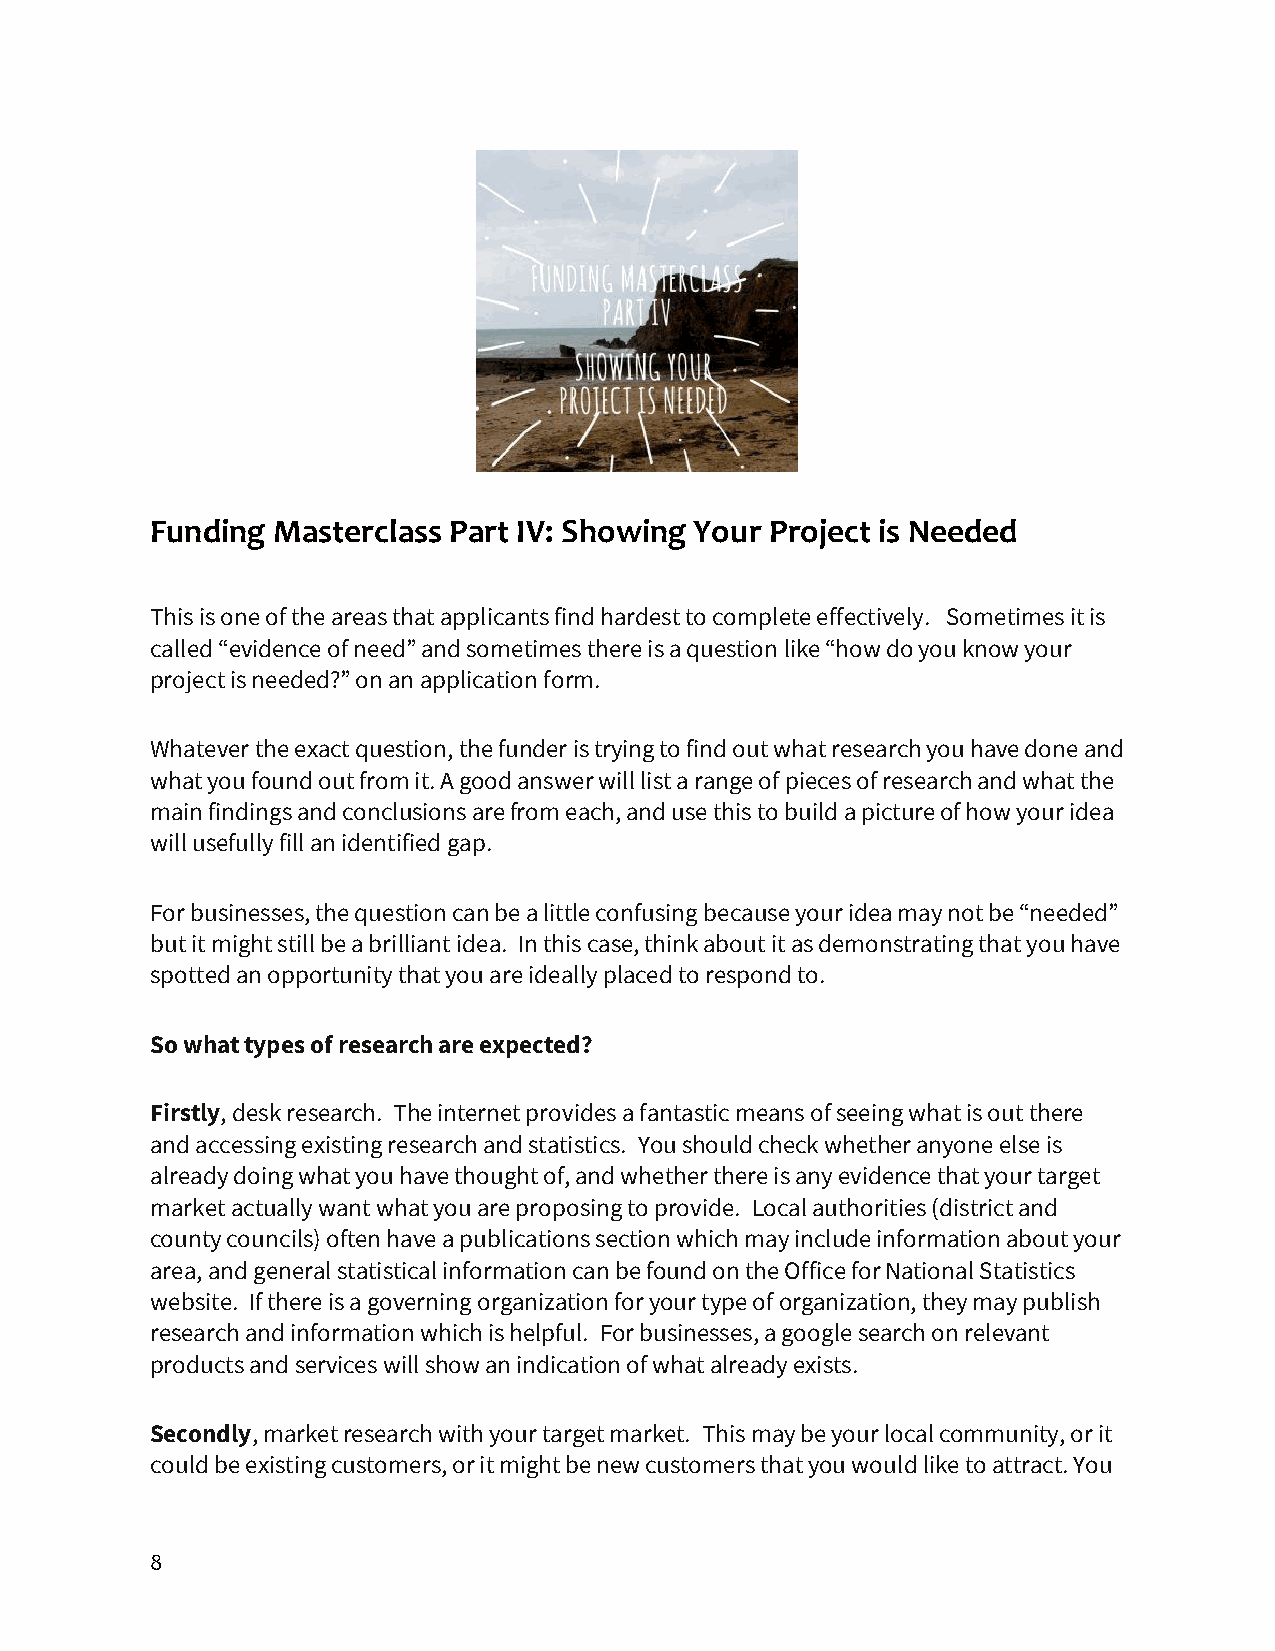
Funding Masterclass Part IV: Showing Your Project is Needed
 This is one of the areas that applicants find hardest to complete effectively. Sometimes it is
 called “evidence of need” and sometimes there is a question like “how do you know your
 project is needed?” on an application form.
 Whatever the exact question, the funder is trying to find out what research you have done and
 what you found out from it. A good answer will list a range of pieces of research and what the
 main findings and conclusions are from each, and use this to build a picture of how your idea
 will usefully fill an identified gap.
 For businesses, the question can be a little confusing because your idea may not be “needed”
 but it might still be a brilliant idea. In this case, think about it as demonstrating that you have
 spotted an opportunity that you are ideally placed to respond to.
 So what types of research are expected?
 Firstly, desk research. The internet provides a fantastic means of seeing what is out there
 and accessing existing research and statistics. You should check whether anyone else is
 already doing what you have thought of, and whether there is any evidence that your target
 market actually want what you are proposing to provide. Local authorities (district and
 county councils) often have a publications section which may include information about your
 area, and general statistical information can be found on the Office for National Statistics
 website. If there is a governing organization for your type of organization, they may publish
 research and information which is helpful. For businesses, a google search on relevant
 products and services will show an indication of what already exists.
 Secondly, market research with your target market. This may be your local community, or it
 could be existing customers, or it might be new customers that you would like to attract. You
 8